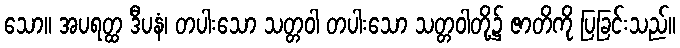
သော။ အပရတ္ထ ဒီပနံ၊ တပါးသော သတ္တဝါ တပါးသော သတ္တဝါတို့၌ ဇာတိကို ပြခြင်းသည်။